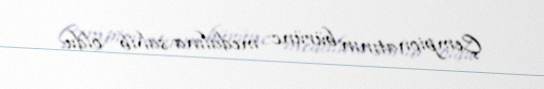
Çempionatının bürünc medalına sahib oldu.